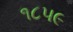
૧૮૫૯